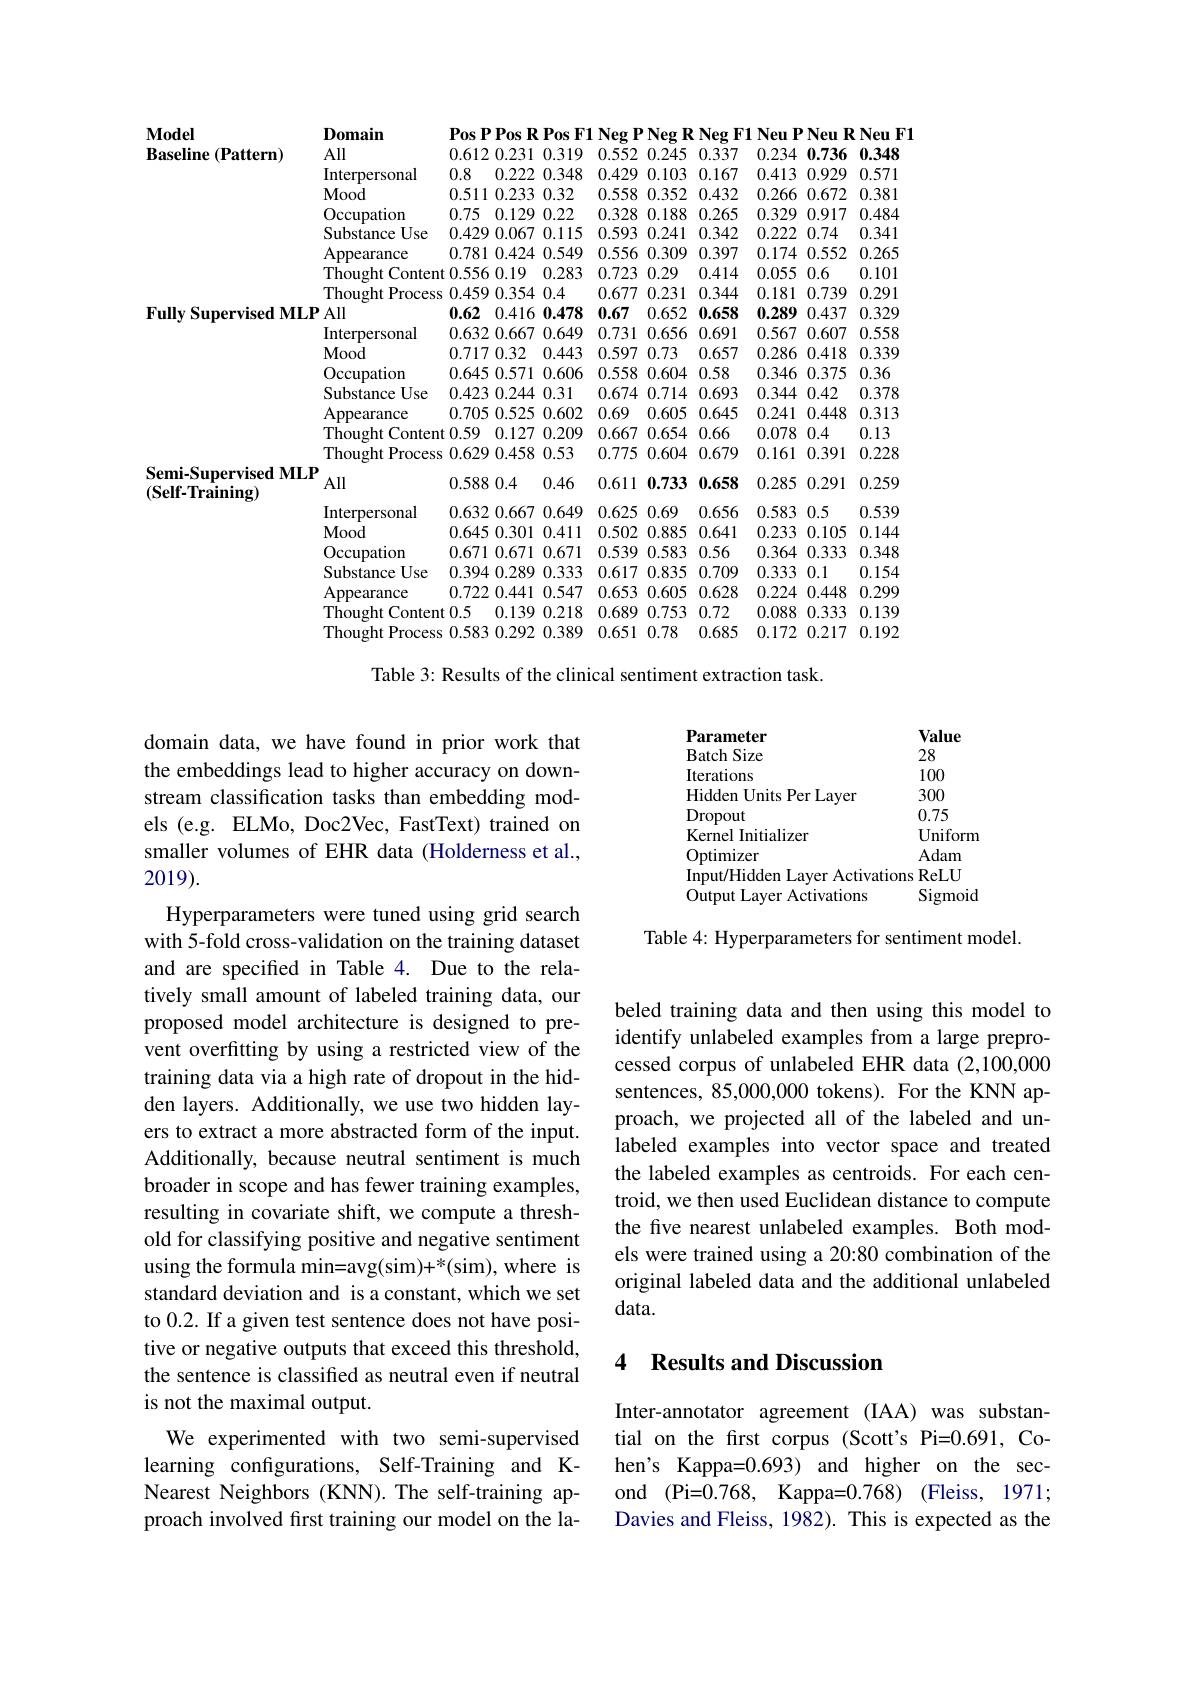
<table>
	<tbody>
		<tr>
			<td rowspan="8">$\mathbf{Model}$ $\mathbf{Baseline}(\mathbf{Pattern})$</td>
			<td>$\mathbf{D}_{0}\mathbf{main}$</td>
			<td colspan="8"></td>
		</tr>
		<tr>
			<td>All</td>
			<td>0.612 0.231</td>
			<td>0.319</td>
			<td>0.552</td>
			<td>0.245</td>
			<td>0.337</td>
			<td>0.234</td>
			<td>0.736</td>
			<td>0.348</td>
		</tr>
		<tr>
			<td>Interpersonal</td>
			<td>0.8 0.222 </td>
			<td>0.348</td>
			<td>0.429</td>
			<td>0.103</td>
			<td>0.167</td>
			<td>0.413</td>
			<td>0.929</td>
			<td>0.571</td>
		</tr>
		<tr>
			<td>Mood</td>
			<td>0.511 0.233 1 </td>
			<td>0.32</td>
			<td>0.558</td>
			<td>0.352</td>
			<td>0.432</td>
			<td>0.266</td>
			<td>0.672</td>
			<td>0.381</td>
		</tr>
		<tr>
			<td>Occupation</td>
			<td>0.75 0.129 11</td>
			<td>0.22</td>
			<td>0.328</td>
			<td>0.188</td>
			<td>0.265</td>
			<td>0.329</td>
			<td>0.917</td>
			<td>0.484</td>
		</tr>
		<tr>
			<td>Substance Use</td>
			<td>0.429 0.067</td>
			<td>0.115</td>
			<td>0.593</td>
			<td>0.241</td>
			<td>0.342</td>
			<td>0.222</td>
			<td>0.74</td>
			<td>0.341</td>
		</tr>
		<tr>
			<td>Appearance</td>
			<td>0.781 0.424 </td>
			<td>0.549</td>
			<td>0.556</td>
			<td>0.309</td>
			<td>0.397</td>
			<td>0.174</td>
			<td>0.552</td>
			<td>0.265</td>
		</tr>
		<tr>
			<td>Thought Conten T</td>
			<td>0.556 0.19 1</td>
			<td>0.283</td>
			<td>0.723</td>
			<td>0.29</td>
			<td>0.414</td>
			<td>0.055</td>
			<td>0.6</td>
			<td>0.101</td>
		</tr>
		<tr>
			<td> </td>
			<td>Thought Process</td>
			<td>0.459 0.354 </td>
			<td>0.4</td>
			<td>0.677</td>
			<td>0.231</td>
			<td>0.344</td>
			<td>0.181</td>
			<td>0.739</td>
			<td>0.291</td>
		</tr>
		<tr>
			<td rowspan="8">Fully Supervised MLE</td>
			<td>All</td>
			<td>0.62 0.416 </td>
			<td>0.478</td>
			<td>0.67</td>
			<td>0.652</td>
			<td>0.658</td>
			<td>0.289</td>
			<td>0.437</td>
			<td>0.329</td>
		</tr>
		<tr>
			<td>Interpersonal</td>
			<td>0.632 0.667</td>
			<td>0.649</td>
			<td>0.731</td>
			<td>0.656</td>
			<td>0.691</td>
			<td>0.567</td>
			<td>0.607</td>
			<td>0.558</td>
		</tr>
		<tr>
			<td>Mood</td>
			<td>0.717 0.32 1</td>
			<td>0.443</td>
			<td>0.597</td>
			<td>0.73</td>
			<td>0.657</td>
			<td>0.286</td>
			<td>0.418</td>
			<td>0.339</td>
		</tr>
		<tr>
			<td>Occupation</td>
			<td>0.6450.571</td>
			<td>0.606</td>
			<td>0.558</td>
			<td>0.604</td>
			<td>0.58</td>
			<td>0.346</td>
			<td>0.375</td>
			<td>0.36</td>
		</tr>
		<tr>
			<td>Substance Use</td>
			<td>$0.423~0.244$ </td>
			<td>0.31</td>
			<td>0.674</td>
			<td>0.714</td>
			<td>0.693</td>
			<td>0.344</td>
			<td>0.42</td>
			<td>0.378</td>
		</tr>
		<tr>
			<td>Appearance</td>
			<td>0.705 0.525</td>
			<td>0.602</td>
			<td>0.69</td>
			<td>0.605</td>
			<td>0.645</td>
			<td>0.241</td>
			<td>0.448</td>
			<td>0.313</td>
		</tr>
		<tr>
			<td>Thought Conten</td>
			<td>0.59 0.127</td>
			<td>0.209</td>
			<td>0.667</td>
			<td>0.654</td>
			<td>0.66</td>
			<td>0.078</td>
			<td>0.4</td>
			<td>0.13</td>
		</tr>
		<tr>
			<td>Thought Process</td>
			<td>0.629 0.458</td>
			<td>0.53</td>
			<td>0.775</td>
			<td>0.604</td>
			<td>0.679</td>
			<td>0.161</td>
			<td>0.391</td>
			<td>0.228</td>
		</tr>
		<tr>
			<td rowspan="8">Semi-Supervised MLE $(\mathbf{Self-Training})$</td>
			<td>All</td>
			<td>0.5880.4 1</td>
			<td>0.46</td>
			<td>0.611</td>
			<td>0.733</td>
			<td>0.658</td>
			<td>0.285</td>
			<td>0.291</td>
			<td>0.259</td>
		</tr>
		<tr>
			<td>Interpersonal</td>
			<td>0.632 0.667</td>
			<td>0.649</td>
			<td>0.625</td>
			<td>0.69</td>
			<td>0.656</td>
			<td>0.583</td>
			<td>0.5</td>
			<td>0.539</td>
		</tr>
		<tr>
			<td>Mood</td>
			<td>0.6450.301</td>
			<td>0.411 </td>
			<td>0.502</td>
			<td>0.885</td>
			<td>0.641</td>
			<td>0.233</td>
			<td>0.105</td>
			<td>0.144</td>
		</tr>
		<tr>
			<td>Occupation</td>
			<td>0.6710.671 1</td>
			<td>0.671</td>
			<td>0.539</td>
			<td>0.583</td>
			<td>0.56</td>
			<td>0.364</td>
			<td>0.333</td>
			<td>0.348</td>
		</tr>
		<tr>
			<td>Substance Use</td>
			<td>0.394 0.289 </td>
			<td>0.333</td>
			<td>0.617</td>
			<td>0.835</td>
			<td>0.709</td>
			<td>0.333</td>
			<td>0.1</td>
			<td>0.154</td>
		</tr>
		<tr>
			<td>Appearance</td>
			<td>0.722 0.441</td>
			<td>0.547</td>
			<td>0.653</td>
			<td>0.605</td>
			<td>0.628</td>
			<td>0.224</td>
			<td>0.448</td>
			<td>0.299</td>
		</tr>
		<tr>
			<td>Thought Conten</td>
			<td>0.5 0.139 $)\left(\frac{1}{2}\right)$</td>
			<td>0.218</td>
			<td>0.689</td>
			<td>0.753</td>
			<td>0.72</td>
			<td>0.088</td>
			<td>0.333</td>
			<td>0.139</td>
		</tr>
		<tr>
			<td>Thought Process</td>
			<td>0.583 0.292 1</td>
			<td>0.389</td>
			<td>0.651</td>
			<td>0.78</td>
			<td>0.685</td>
			<td>0.172</td>
			<td>0.217</td>
			<td>0.192</td>
		</tr>
	</tbody>
</table>

Table 3: Results of the clinical sentiment extraction task.

Parameter
Value
Batch Size
28
Iterations
100
Hidden Units Per Layer
3000.75
$\underset{\mathrm{w}}{\operatorname*{\text{Dropout}}}$
Kernel Initializer
Uniform
Optimizer
Adam
Input/Hidden Layer Activations ReLU
Output Layer Activations
Sigmoid

Table 4: Hyperparameters for sentiment model.

domain data, we have found in prior work that the embeddings lead to higher accuracy on downstream classification tasks than embedding models (e.g. ELMo, Doc2Vec, FastText) trained on smaller volumes of EHR data (Holderness et al., 2019).
Hyperparameters were tuned using grid search with 5-fold cross-validation on the training dataset and are specified in Table 4. Due to the relatively small amount of labeled training data, our proposed model architecture is designed to prevent overfitting by using a restricted view of the training data via a high rate of dropout in the hidden layers. Additionally, we use two hidden layers to extract a more abstracted form of the input. Additionally, because neutral sentiment is much broader in scope and has fewer training examples, resulting in covariate shift, we compute a threshold for classifying positive and negative sentiment using the formula min=avg(sim)+*(sim),where is standard deviation and is a constant, which we set to 0.2. If a given test sentence does not have positive or negative outputs that exceed this threshold, the sentence is classified as neutral even if neutral is not the maximal output.
We experimented with two semi-supervised learning configurations, Self-Training and KNearest Neighbors (KNN). The self-training approach involved first training our model on the la-

beled training data and then using this model to identify unlabeled examples from a large preprocessed corpus of unlabeled EHR data (2,100,000 sentences, 85,000,000 tokens). For the KNN approach, we projected all of the labeled and unlabeled examples into vector space and treated the labeled examples as centroids. For each centroid, we then used Euclidean distance to compute the five nearest unlabeled examples. Both models were trained using a 20:80 combination of the original labeled data and the additional unlabeled data.

## 4 Results and Discussion

Inter-annotator agreement (IAA) was substantial on the frst corpus (Scott's Pi=0.691, Cohen's Kappa=0.693) and higher on the second (Pi=0.768, Kappa=0.768) (Fleiss, 1971; Davies and Fleiss, 1982). This is expected as the